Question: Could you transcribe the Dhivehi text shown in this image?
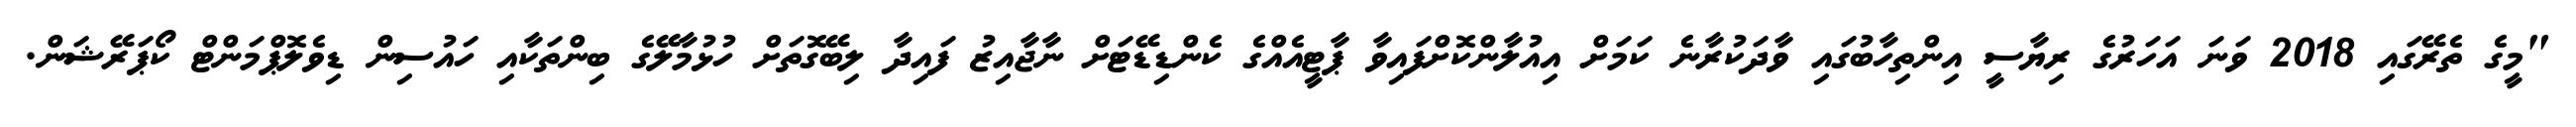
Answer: "މީގެ ތެރޭގައި 2018 ވަނަ އަހަރުގެ ރިޔާސީ އިންތިހާބުގައި ވާދަކުރާނެ ކަމަށް އިއުލާންކޮށްފައިވާ ޕާޓީއެއްގެ ކެންޑިޑޭޓަށް ނާޖާއިޒު ފައިދާ ލިބޭގޮތަށް ހުޅުމާލޭގެ ބިންތަކާއި ހައުސިން ޑިވެލޮޕްމަންޓް ކޯޕަރޭޝަން.